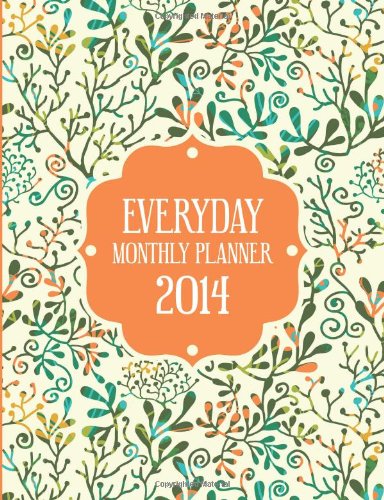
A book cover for Everyday Monthly Planner 2014; Speedy Publishing LLC; Business & Money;